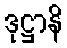
ဒုဋ္ဌာနိ